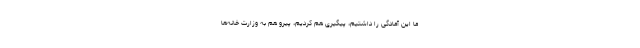
ما این آمادگی را داشتیم، پیگیری هم کردیم، پیرو هم به وزارت خانه‌ها